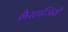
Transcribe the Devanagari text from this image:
गैरहाजिरी